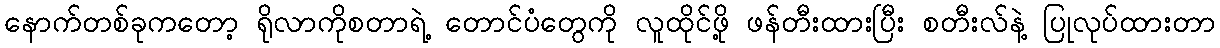
နောက်တစ်ခုကတော့ ရိုလာကိုစတာရဲ့ တောင်ပံတွေကို လူထိုင်ဖို့ ဖန်တီးထားပြီး စတီးလ်နဲ့ ပြုလုပ်ထားတာ